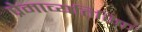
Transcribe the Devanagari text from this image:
प्रेमाव्यतिरिक्त